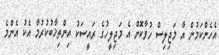
އެހެންކަމުން އާ މަޖިލިސް ހުވާކޮށް އެ މަޖިލީހުގެ ރައީސަކު އިންތިޚާބުކުރުމާ އެކު އެންމެ